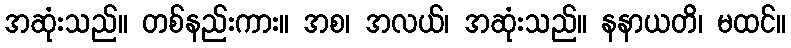
အဆုံးသည်။ တစ်နည်းကား။ အစ၊ အလယ်၊ အဆုံးသည်။ နနာယတိ၊ မထင်။